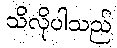
သိလိုပါသည်